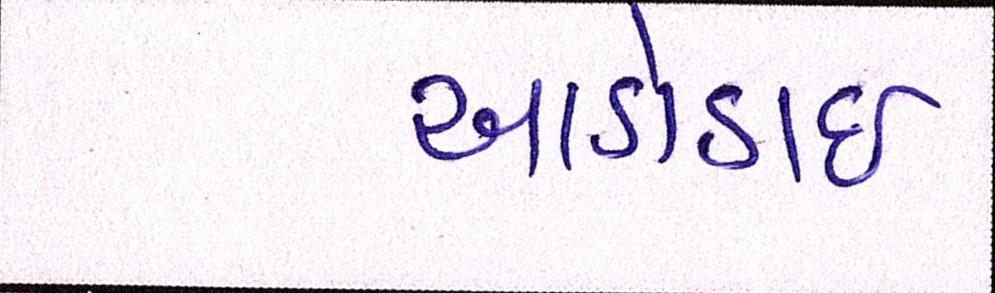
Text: આડોડાઈ